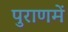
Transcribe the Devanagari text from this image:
पुराणमें